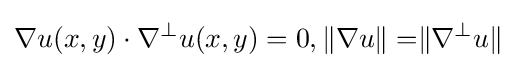
\nabla u(x,y)\cdot \nabla ^{\perp }u(x,y)=0,\rVert \nabla u\rVert =\rVert \nabla ^{\perp }u\rVert